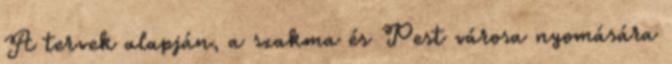
A tervek alapján, a szakma és Pest városa nyomására